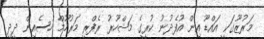
މަރުޒޫގަކީ އައްޑޫ އިން އުފެދުނު ކުރީގެ މަޝްހޫރު ރެފްރީ މަރުހޫމް ހުސެއިން ދީދީ